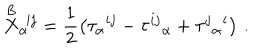
\stackrel { \mathrm { B } } { X } _ { \alpha } { } ^ { \! i j } = \frac { 1 } { 2 } \left( \tau _ { \alpha } { } ^ { i j } - \tau ^ { i j } { } _ { \alpha } + \tau ^ { j } { } _ { \alpha } { } ^ { i } \right) \, .